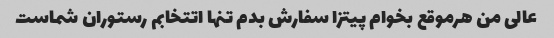
عالی من هرموقع بخوام پیتزا سفارش بدم تنها اتتخابم رستوران شماست